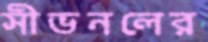
সীভনলের